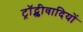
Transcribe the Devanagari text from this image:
ट्रॉट्स्कीवादियों